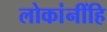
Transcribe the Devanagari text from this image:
लोकांनींहि